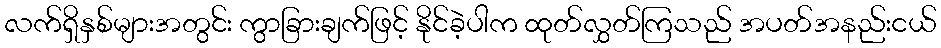
လက်ရှိနှစ်များအတွင်း ကွာခြားချက်ဖြင့် နိုင်ခဲ့ပါက ထုတ်လွှတ်ကြသည် အပတ်အနည်းငယ်